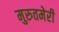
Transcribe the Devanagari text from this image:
मुरुतमेरी